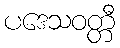
ပဒေသဝတ္တီ